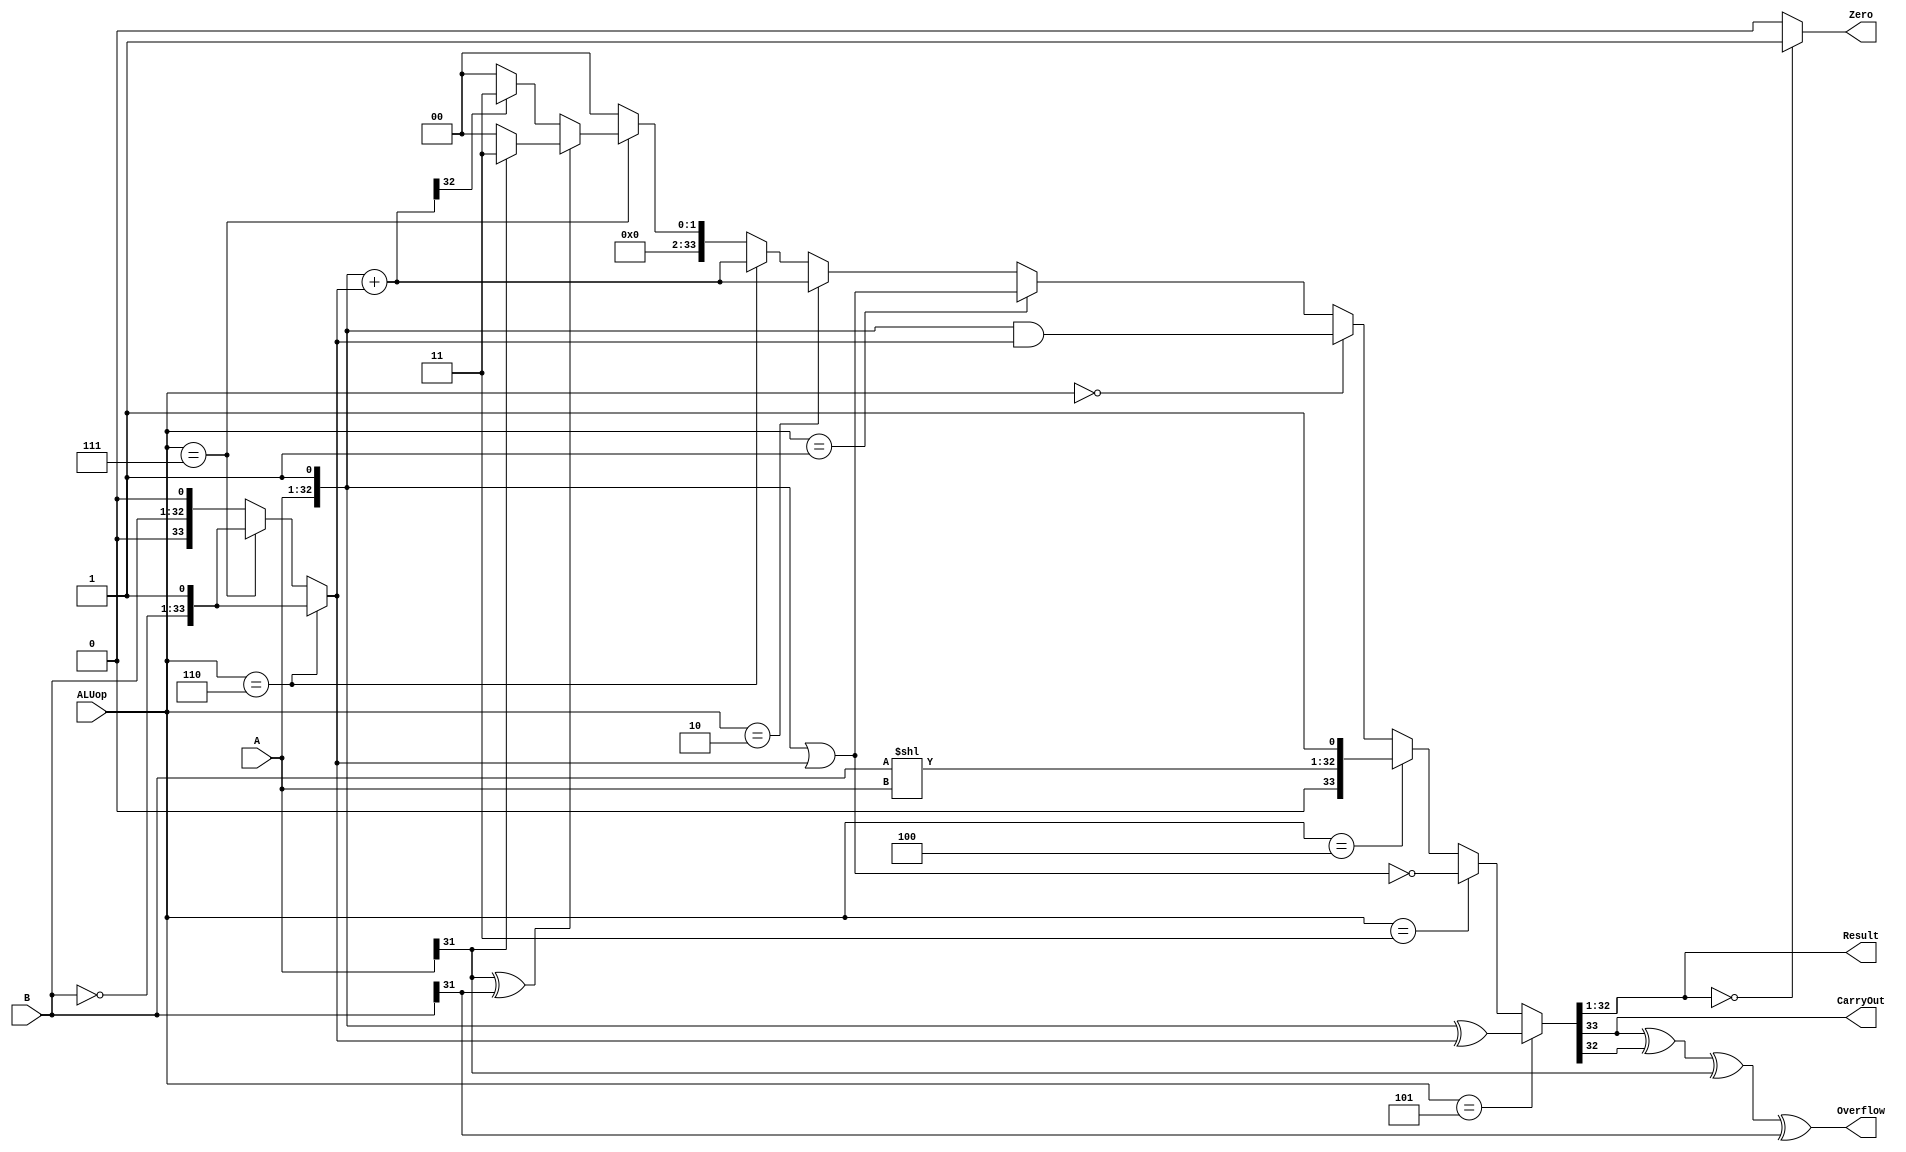
`timescale 10 ns / 1 ns

`define DATA_WIDTH 32

module alu(
	input [`DATA_WIDTH - 1:0] A,
	input [`DATA_WIDTH - 1:0] B,
	input [2:0] ALUop,
	output Overflow,
	output CarryOut,
	output Zero,
	output [`DATA_WIDTH - 1:0] Result
);

	// TODO: Please add your logic code here
	//reg CarryOut;
	//reg Overflow;
	//reg Zero;
	wire c;
	wire d;
	wire [33:0]a1;
	wire [33:0]a2;
	wire [33:0]a3;
	wire [33:0]a4;
	wire [33:0]a5;
	wire [33:0]a6;
	wire [33:0]b1;
	wire [31:0]b2;
	wire [33:0]a7;
	assign b1=(ALUop==3'b110)? {~{1'b0,B},1'b1}:(ALUop==3'b111)?{~{1'b0,B},1'b1}: {1'b0,B,1'b0}; 
	//assign Zero=0;
	//assign Overflow=0;
	//assign CarryOut=0;
	assign a1={1'b0,A,1'b1}&b1;
	assign a2={1'b0,A,1'b1}|b1;
	assign a3={1'b0,A,1'b1}+b1;
	assign a7={1'b0,A,1'b1}^b1;
	assign a4=a3;//{1'b0,A}+(~{1'b0,B}+1'b1);
	assign a5=(A[31]==0)? 0:3;
	assign b2=B<<A;
	assign {c,Result,d}=(ALUop==3'b101)? a7:(ALUop==3'b011)? ~a2:(ALUop==3'b100)? {1'b0,b2,1'b1}:(ALUop==3'b000)?a1:(ALUop==3'b001)? a2:(ALUop==3'b010)? a3:(ALUop==3'b110)? a4:(ALUop==3'b111)? ((A[31]^B[31]==1)? a5:(a4[32]==1)? 3:0):0;
	assign Overflow=c^Result[31]^A[31]^B[31];
	assign CarryOut=c;
	assign Zero=(Result==0)?1:0;
	//assign Result=(ALUop==3'b100)? B<<A:Result;
	//assign Result=(ALUop!=3'b111)? Result:(a4[31]==1)? 0:1;
	


endmodule